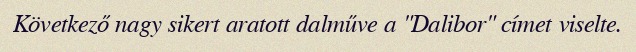
Következő nagy sikert aratott dalműve a "Dalibor" címet viselte.